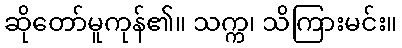
ဆိုတော်မူကုန်၏။ သက္က၊ သိကြားမင်း။